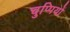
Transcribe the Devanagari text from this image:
चुप्पियों